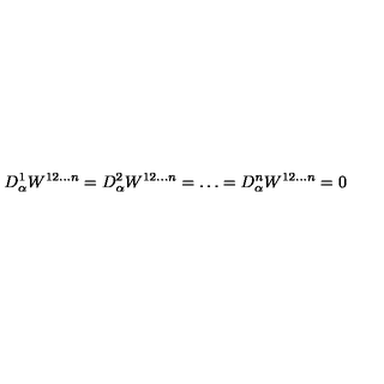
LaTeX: D _ { \alpha } ^ { 1 } W ^ { 1 2 \ldots n } = D _ { \alpha } ^ { 2 } W ^ { 1 2 \ldots n } = \ldots = D _ { \alpha } ^ { n } W ^ { 1 2 \ldots n } = 0